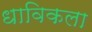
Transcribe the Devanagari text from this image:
धाविकला